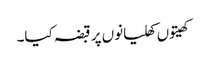
کھیتوں کھلیانوں پر قبضہ کیا۔